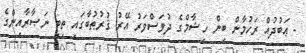
- ޢަބުދުއް ރަހުމާން ބިން ހިޝާމްގެ ދުވަސްވަރު އޭރު ޤުރުޠުބާގައި ތިބި ނަޞާރާއިންގެ